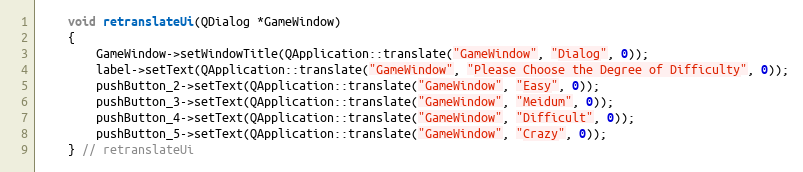
Language: C
    void retranslateUi(QDialog *GameWindow)
    {
        GameWindow->setWindowTitle(QApplication::translate("GameWindow", "Dialog", 0));
        label->setText(QApplication::translate("GameWindow", "Please Choose the Degree of Difficulty", 0));
        pushButton_2->setText(QApplication::translate("GameWindow", "Easy", 0));
        pushButton_3->setText(QApplication::translate("GameWindow", "Meidum", 0));
        pushButton_4->setText(QApplication::translate("GameWindow", "Difficult", 0));
        pushButton_5->setText(QApplication::translate("GameWindow", "Crazy", 0));
    } // retranslateUi